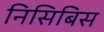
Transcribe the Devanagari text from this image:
निसिबिस